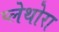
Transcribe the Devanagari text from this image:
प्लेथोरा